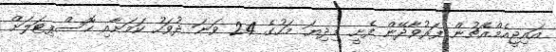
އައިޖީއެމްއެޗުން ފަރުވާދޭން ފެށީ މިދިޔަ މަހުގެ 24 ވަނަ ދުވަހު ކަމަށާއި ހޮސްޕިޓަލަށް